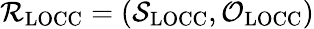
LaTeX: \mathcal{R}_{\mathrm{LOCC}}=(\mathcal{S}_{\mathrm{LOCC}},\mathcal{O}_{\mathrm{LOCC}})